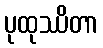
ပုထုဿိတာ